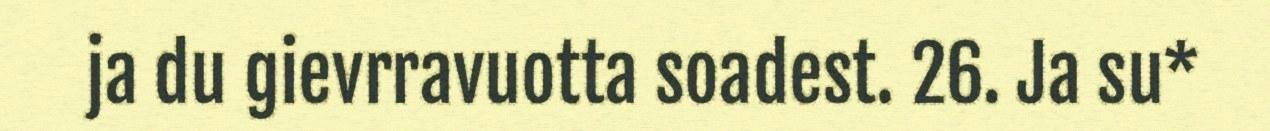
ja du gievrravuotta soadest. 26. Ja su*